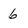
Character: 6